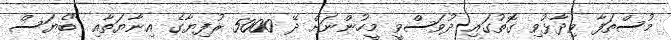
މުސްތަފާ ވިދާޅުވި ގޮތުގައި ދުވަސްވީ މީހުންނަށް ދޭ 5000 ރުފިޔާގެ އިނާޔަތާއި "ބެޔަސް